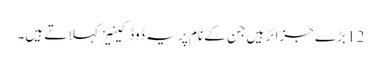
12 بڑے جزائر ہیں جن کے نام پر یہ ڈوڈکینیز کہلاتے ہیں۔